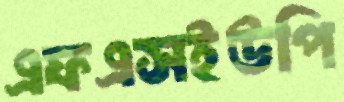
এফএসইউপি